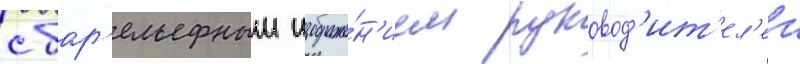
с бар'ельефным изображе́н'ием руковод'ит'ел'еи